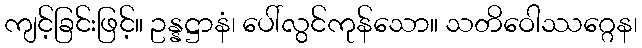
ကျင့်ခြင်းဖြင့်။ ဥန္နဋ္ဌာနံ၊ ပေါ်လွင်ကုန်သော။ သတိဝေါဿဂ္ဂေန၊